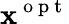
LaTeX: \mathbf{x}^{\mathrm{{~o~p~t~}}}